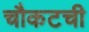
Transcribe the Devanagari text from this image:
चौकटची